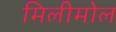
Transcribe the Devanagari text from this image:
मिलीमोल